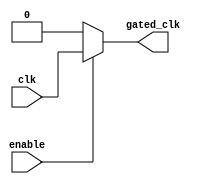
module clock_gating (
    input wire clk,          // Main clock signal
    input wire enable,       // Enable signal for clock gating
    output reg gated_clk     // Gated clock output
);
    always @(*) begin
        if (enable) begin
            gated_clk = clk; // Pass the clock if enabled
        end else begin
            gated_clk = 1'b0; // Block the clock if not enabled
        end
    end
endmodule